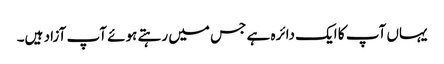
یہاں آپ کا ایک دائرہ ہے جس میں رہتے ہوئے آپ آزاد ہیں۔